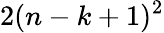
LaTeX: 2(n-k+1)^{2}